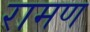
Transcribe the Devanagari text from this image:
रामण